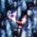
به